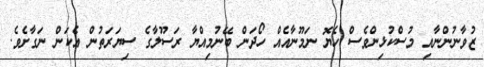
ޒުވާނުންނާއި މުސްކުޅިންވެސް ހެޔޮ ނަމޫނާއެއް ހޯދަން ބޭނުމިއްޔާ ރަސޫލާގެ ސިޔަރަތުން އެކަން ނަގާށެވެ.